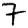
Digit: 7